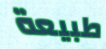
طبيعة